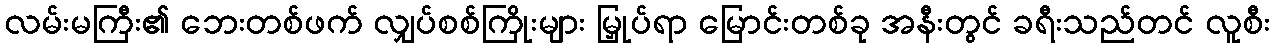
လမ်းမကြီး၏ ဘေးတစ်ဖက် လျှပ်စစ်ကြိုးများ မြှုပ်ရာ မြောင်းတစ်ခု အနီးတွင် ခရီးသည်တင် လူစီး